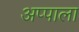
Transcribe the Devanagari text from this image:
अप्पाला